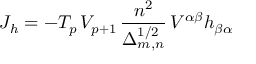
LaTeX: J _ { h } = - T _ { p } \, V _ { p + 1 } \, \frac { n ^ { 2 } } { \Delta _ { m , n } ^ { 1 / 2 } } \, V ^ { \alpha \beta } h _ { \beta \alpha }